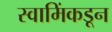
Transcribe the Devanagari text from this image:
स्वामिंकडून